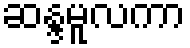
ဆန္ဒမူလကာ